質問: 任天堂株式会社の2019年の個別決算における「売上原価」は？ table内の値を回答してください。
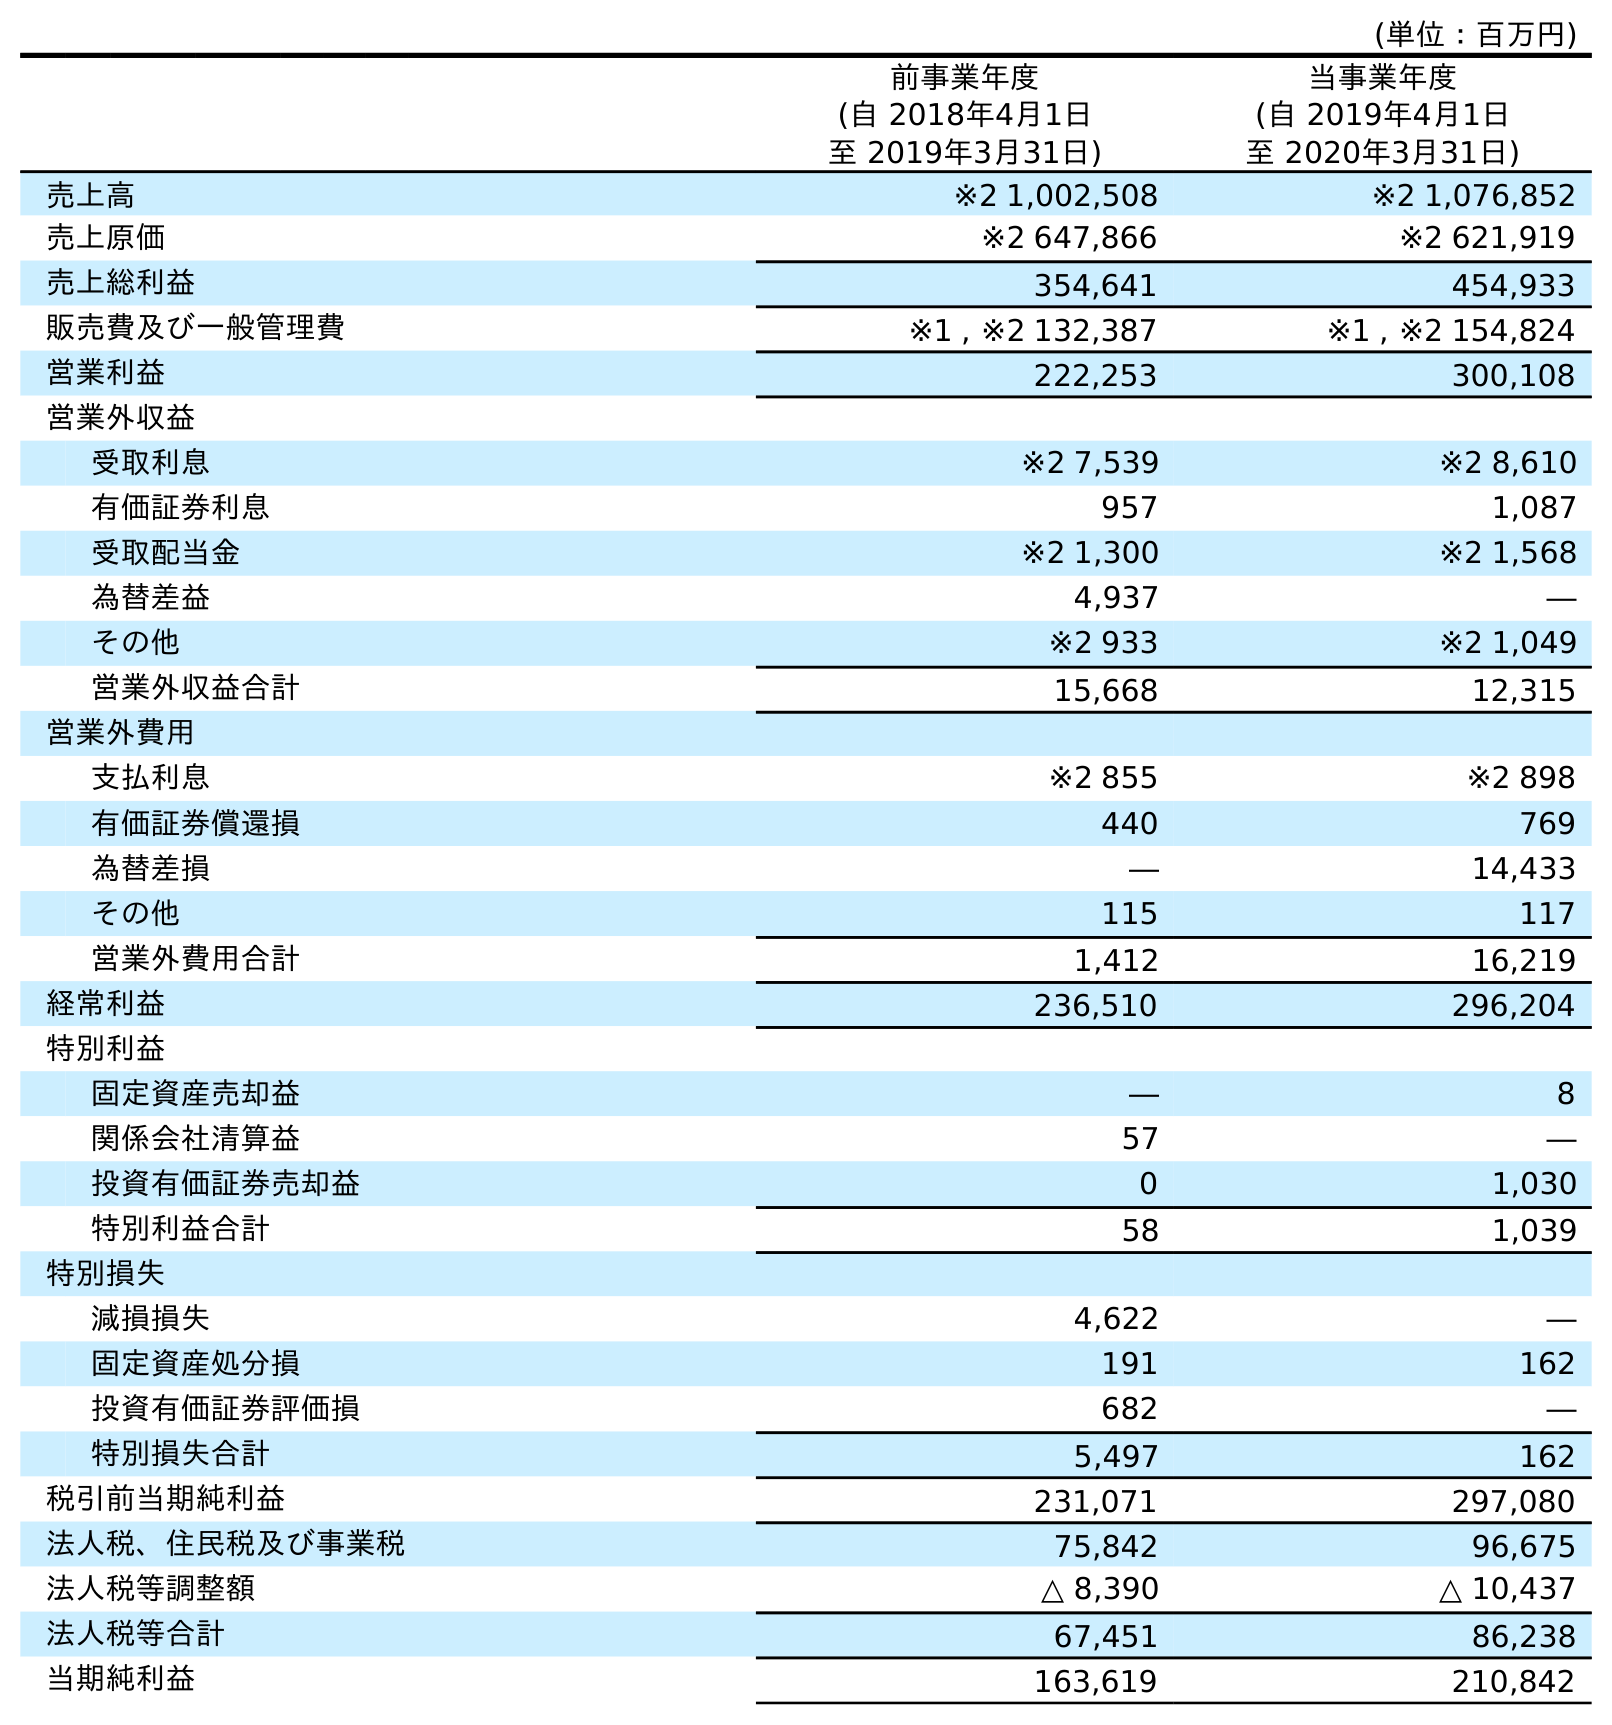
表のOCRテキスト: (単位：百万円) 前事業年度 (自 2018年4月1日 至 2019年3月31日) 当事業年度 (自 2019年4月1日 至 2020年3月31日) 売上高 ※2 1,002,508 ※2 1,076,852 売上原価 ※2 647,866 ※2 621,919 売上総利益 354,641 454,933 販売費及び一般管理費 ※1 , ※2 132,387 ※1 , ※2 154,824 営業利益 222,253 300,108 営業外収益 受取利息 ※2 7,539 ※2 8,610 有価証券利息 957 1,087 受取配当金 ※2 1,300 ※2 1,568 為替差益 4,937 ― その他 ※2 933 ※2 1,049 営業外収益合計 15,668 12,315 営業外費用 支払利息 ※2 855 ※2 898 有価証券償還損 440 769 為替差損 ― 14,433 その他 115 117 営業外費用合計 1,412 16,219 経常利益 236,510 296,204 特別利益 固定資産売却益 ― 8 関係会社清算益 57 ― 投資有価証券売却益 0 1,030 特別利益合計 58 1,039 特別損失 減損損失 4,622 ― 固定資産処分損 191 162 投資有価証券評価損 682 ― 特別損失合計 5,497 162 税引前当期純利益 231,071 297,080 法人税、住民税及び事業税 75,842 96,675 法人税等調整額 △ 8,390 △ 10,437 法人税等合計 67,451 86,238 当期純利益 163,619 210,842
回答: ※2647,866